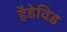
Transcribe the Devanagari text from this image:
हैडेविड